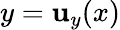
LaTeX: y=\mathbf{u}_{y}(x)